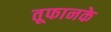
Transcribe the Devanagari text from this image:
तूफानके